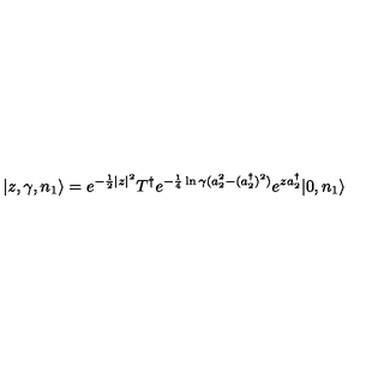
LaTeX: | z , \gamma , n _ { 1 } \rangle = e ^ { - \frac { 1 } { 2 } | z | ^ { 2 } } T ^ { \dagger } e ^ { - \frac { 1 } { 4 } \ln \gamma ( a _ { 2 } ^ { 2 } - ( a _ { 2 } ^ { \dagger } ) ^ { 2 } ) } e ^ { z a _ { 2 } ^ { \dagger } } | 0 , n _ { 1 } \rangle